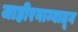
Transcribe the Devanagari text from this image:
जाहीरनाम्यातून